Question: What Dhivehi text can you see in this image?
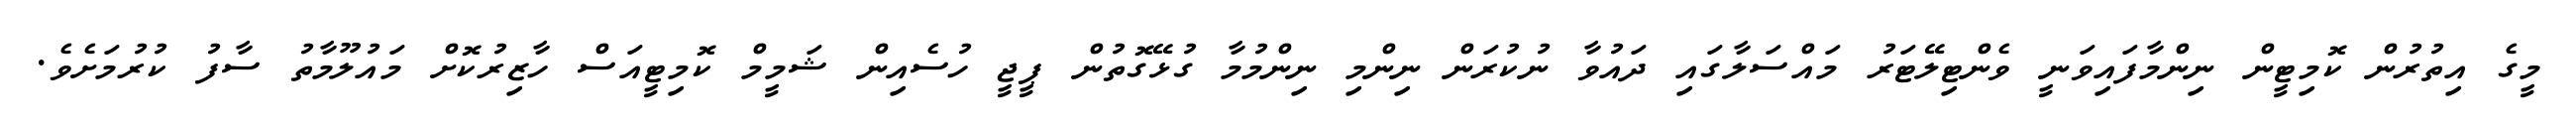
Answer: މީގެ އިތުރުން ކޮމިޓީން ނިންމާފައިވަނީ ވެންޓިލޭޓަރު މައްސަލާގައި ދައުވާ ނުކުރަން ނިންމި ނިންމުމާ ގުޅޭގޮތުން ޕީޖީ ހުސެއިން ޝަމީމް ކޮމިޓީއަސް ހާޒިރުކޮށް މައުލޫމާތު ސާފު ކުރުމަށެވެ.